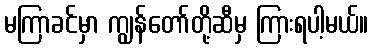
မကြာခင်မှာ ကျွန်တော်တို့ဆီမှ ကြားရပါ့မယ်။